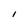
Character: I